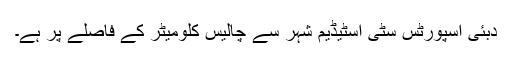
دبئی اسپورٹس سٹی اسٹیڈیم شہر سے چالیس کلومیٹر کے فاصلے پر ہے۔